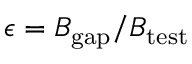
\epsilon = B _ { \mathrm { g a p } } / B _ { \mathrm { t e s t } }